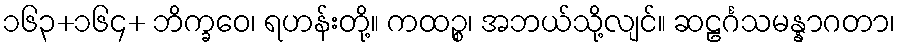
၁၆၃+၁၆၄+ ဘိက္ခဝေ၊ ရဟန်းတို့။ ကထဉ္စ၊ အဘယ်သို့လျင်။ ဆဠင်္ဂသမန္နာဂတာ၊